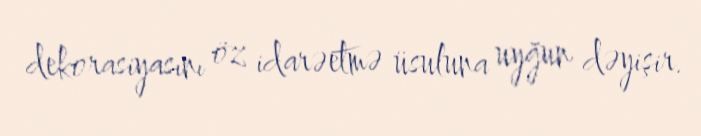
dekorasiyasını öz idarəetmə üsuluna uyğun dəyişir.